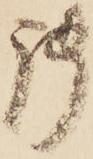
御